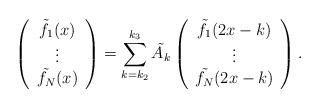
LaTeX: \begin{align*}\left ( \begin{array}{c} \tilde{f_{1}}(x) \\ \vdots \\ \tilde{f_{N}}(x) \end{array} \right ) = \sum_{k = k_{2}}^{k_{3}} \tilde{A_{k}} \left ( \begin{array}{c} \tilde{f_{1}}(2x - k) \\ \vdots \\ \tilde{f_{N}}(2x - k) \end{array} \right ) .\end{align*}